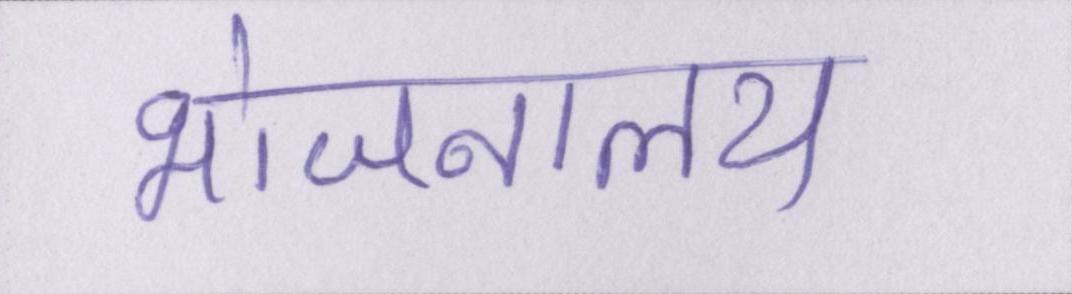
भोजनालय